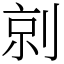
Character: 剠